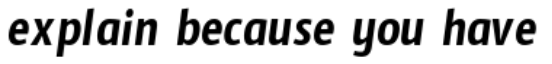
explain because you have